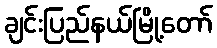
ချင်းပြည်နယ်မြို့တော်